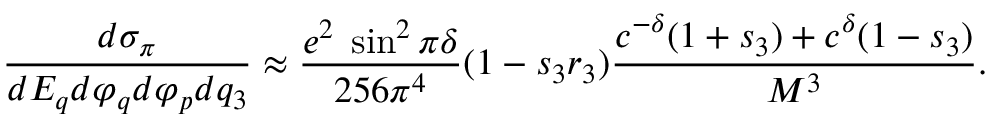
{ \frac { d \sigma _ { \pi } } { d E _ { q } d \varphi _ { q } d \varphi _ { p } d q _ { 3 } } } \approx { \frac { e ^ { 2 } \; \sin ^ { 2 } \pi \delta } { 2 5 6 \pi ^ { 4 } } } ( 1 - s _ { 3 } r _ { 3 } ) { \frac { c ^ { - \delta } ( 1 + s _ { 3 } ) + c ^ { \delta } ( 1 - s _ { 3 } ) } { M ^ { 3 } } } .